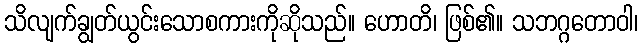
သိလျက်ချွတ်ယွင်းသောစကားကိုဆိုသည်။ ဟောတိ၊ ဖြစ်၏။ သဘဂ္ဂတောဝါ၊